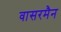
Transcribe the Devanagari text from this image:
वासरमैन